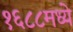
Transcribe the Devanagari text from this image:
१६८८मध्ये